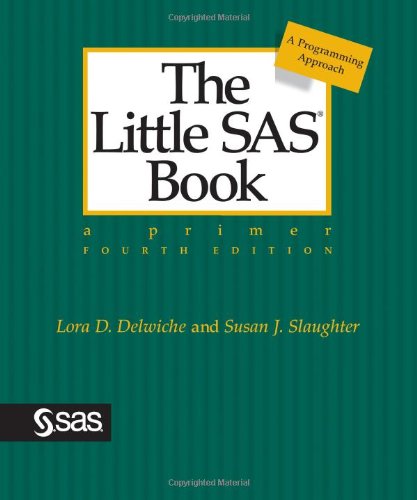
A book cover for The Little SAS Book: A Primer, Fourth Edition; Lora D. Delwiche; Computers & Technology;